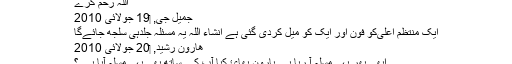
اللہ رحم کرے
جمیل جی, ‏19 جولائی 2010
ایک منتظم اعلیٰ‌کو فون اور ایک کو میل کردی گئی ہے انشاء اللہ یہ مسئلہ جلدہی سلجھ جائےگا
ھارون رشید, ‏20 جولائی 2010
ابھی پھر یہی مسلہ آ رہا ہے ہارون بھائ کیا آپ کے ساتھ بھی یہی مسلہ آیا ہے ؟